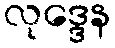
လုဒ္ဒေန